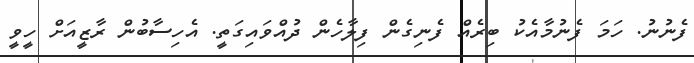
ފެނުނު. ހަމަ ފެނުމާއެކު ބިރެއް ފެނިގެން ފިލާހެން ދުއްވައިގަތީ. އެހިސާބުން ރާޒީއަށް ހީވީ